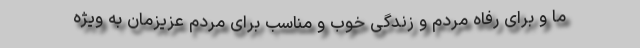
ما و برای رفاه مردم و زندگی خوب و مناسب برای مردم عزیزمان به ویژه